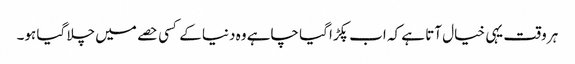
ہر وقت یہی خیال آتا ہے کہ اب پکڑا گیا چاہے وہ دنیا کے کسی حصے میں چلا گیا ہو۔